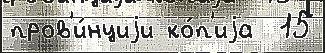
пров'и́нциjи ко́п'иjа  15